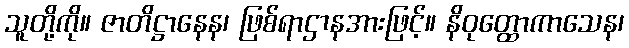
သူတို့ကို။ ဇာတိဋ္ဌာနေန၊ ဖြစ်ရာဌာနအားဖြင့်။ နိဝုတ္ထောကာသေန၊